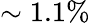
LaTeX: \sim 1.1\%